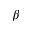
\beta